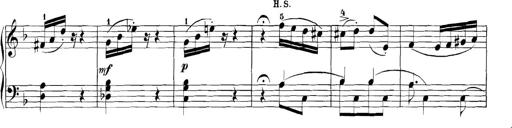
Title: 3 Sonatinas
Composer: Carl Reinecke